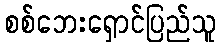
စစ်ဘေးရှောင်ပြည်သူ